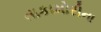
તાકામોરીના